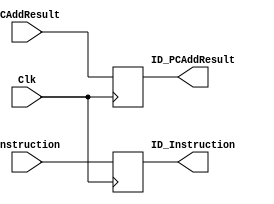
`timescale 1ns / 1ps

module IFID_reg(Clk, PCAddResult, Instruction, ID_PCAddResult, ID_Instruction );

input Clk;
input wire [31:0] PCAddResult;
input wire [31:0] Instruction;

output reg [31:0] ID_PCAddResult;
output reg [31:0] ID_Instruction;

always @(posedge Clk) begin
	ID_PCAddResult <= PCAddResult;
	ID_Instruction <= Instruction;
end
endmodule